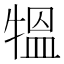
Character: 𤛁